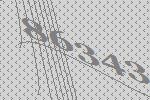
86343